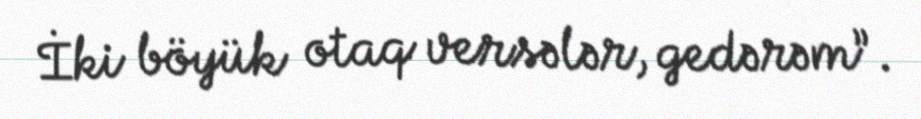
İki böyük otaq versələr, gedərəm”.